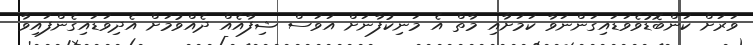
ވަރަށް ކަންބޮޑުވެވަޑައިގަންނަވާ ކަމަށާއި މާތް އެ މަނިކުފާނަށް އަވަސް ޝިފާއެއް ދެއްވުމަށް އެދިވަޑައިގެންފައިވާ